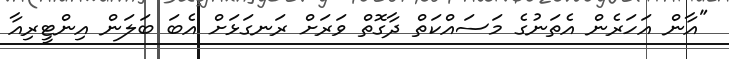
"އާން އަހަރެން އެތަނުގެ މަސައްކަތް ދާގޮތް ވަރަށް ރަނގަޅަށް އެބަ ބަލަން އިންޓީރިއާ